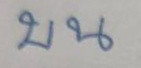
บน